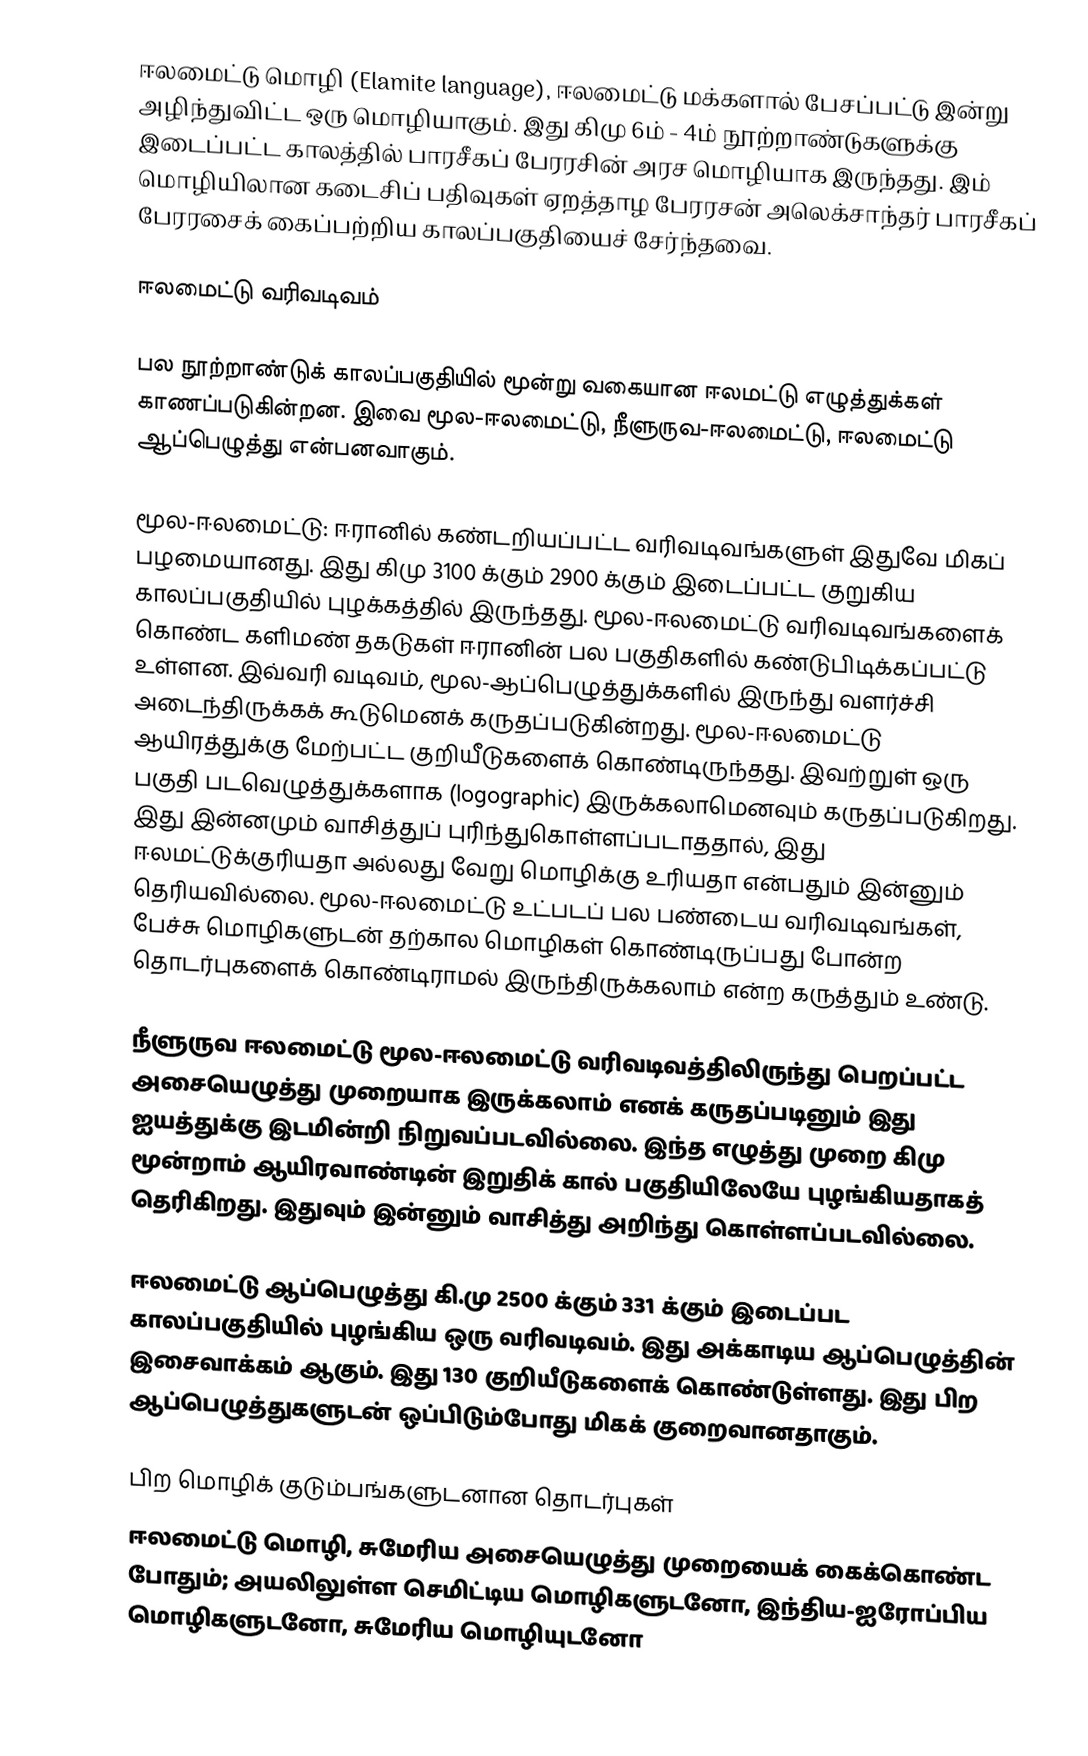
ஈலமைட்டு மொழி (Elamite language), ஈலமைட்டு மக்களால் பேசப்பட்டு இன்று அழிந்துவிட்ட ஒரு மொழியாகும். இது கிமு 6ம் - 4ம் நூற்றாண்டுகளுக்கு இடைப்பட்ட காலத்தில் பாரசீகப் பேரரசின் அரச மொழியாக இருந்தது. இம் மொழியிலான கடைசிப் பதிவுகள் ஏறத்தாழ பேரரசன் அலெக்சாந்தர் பாரசீகப் பேரரசைக் கைப்பற்றிய காலப்பகுதியைச் சேர்ந்தவை.

ஈலமைட்டு வரிவடிவம்

பல நூற்றாண்டுக் காலப்பகுதியில் மூன்று வகையான ஈலமட்டு எழுத்துக்கள் காணப்படுகின்றன. இவை மூல-ஈலமைட்டு, நீளுருவ-ஈலமைட்டு, ஈலமைட்டு ஆப்பெழுத்து என்பனவாகும்.

 மூல-ஈலமைட்டு: ஈரானில் கண்டறியப்பட்ட வரிவடிவங்களுள் இதுவே மிகப் பழமையானது. இது கிமு 3100 க்கும் 2900 க்கும் இடைப்பட்ட குறுகிய காலப்பகுதியில் புழக்கத்தில் இருந்தது. மூல-ஈலமைட்டு வரிவடிவங்களைக் கொண்ட களிமண் தகடுகள் ஈரானின் பல பகுதிகளில் கண்டுபிடிக்கப்பட்டு உள்ளன. இவ்வரி வடிவம், மூல-ஆப்பெழுத்துக்களில் இருந்து வளர்ச்சி அடைந்திருக்கக் கூடுமெனக் கருதப்படுகின்றது. மூல-ஈலமைட்டு ஆயிரத்துக்கு மேற்பட்ட குறியீடுகளைக் கொண்டிருந்தது. இவற்றுள் ஒரு பகுதி படவெழுத்துக்களாக (logographic) இருக்கலாமெனவும் கருதப்படுகிறது. இது இன்னமும் வாசித்துப் புரிந்துகொள்ளப்படாததால், இது ஈலமட்டுக்குரியதா அல்லது வேறு மொழிக்கு உரியதா என்பதும் இன்னும் தெரியவில்லை. மூல-ஈலமைட்டு உட்படப் பல பண்டைய வரிவடிவங்கள், பேச்சு மொழிகளுடன் தற்கால மொழிகள் கொண்டிருப்பது போன்ற தொடர்புகளைக் கொண்டிராமல் இருந்திருக்கலாம் என்ற கருத்தும் உண்டு.

 நீளுருவ ஈலமைட்டு மூல-ஈலமைட்டு வரிவடிவத்திலிருந்து பெறப்பட்ட அசையெழுத்து முறையாக இருக்கலாம் எனக் கருதப்படினும் இது ஐயத்துக்கு இடமின்றி நிறுவப்படவில்லை. இந்த எழுத்து முறை கிமு மூன்றாம் ஆயிரவாண்டின் இறுதிக் கால் பகுதியிலேயே புழங்கியதாகத் தெரிகிறது. இதுவும் இன்னும் வாசித்து அறிந்து கொள்ளப்படவில்லை.

 ஈலமைட்டு ஆப்பெழுத்து கி.மு 2500 க்கும் 331 க்கும் இடைப்பட காலப்பகுதியில் புழங்கிய ஒரு வரிவடிவம். இது அக்காடிய ஆப்பெழுத்தின் இசைவாக்கம் ஆகும். இது 130 குறியீடுகளைக் கொண்டுள்ளது. இது பிற ஆப்பெழுத்துகளுடன் ஒப்பிடும்போது மிகக் குறைவானதாகும்.

பிற மொழிக் குடும்பங்களுடனான தொடர்புகள்
ஈலமைட்டு மொழி, சுமேரிய அசையெழுத்து முறையைக் கைக்கொண்ட போதும்; அயலிலுள்ள செமிட்டிய மொழிகளுடனோ, இந்திய-ஐரோப்பிய மொழிகளுடனோ, சுமேரிய மொழியுடனோ